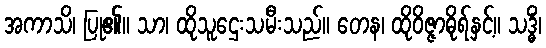
အကာသိ၊ ပြု၏။ သာ၊ ထိုသူဌေးသမီးသည်။ တေန၊ ထိုဝိဇ္ဇာဓိုရ်နှင့်။ သဒ္ဓိံ၊